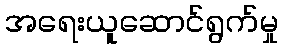
အရေးယူဆောင်ရွက်မှု